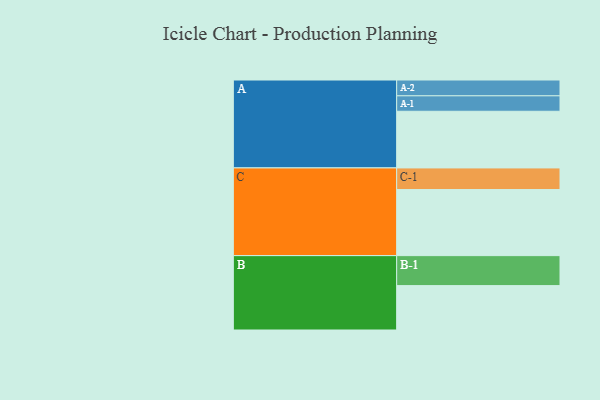
{"axis": {"x": "Segment", "y": "Value"}, "legend": ["", "A", "B", "C"], "data": [{"x": "A", "y": 480, "type": ""}, {"x": "B", "y": 376, "type": ""}, {"x": "C", "y": 560, "type": ""}, {"x": "A-1", "y": 131, "type": "A"}, {"x": "A-2", "y": 134, "type": "A"}, {"x": "B-1", "y": 254, "type": "B"}, {"x": "C-1", "y": 183, "type": "C"}]}